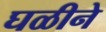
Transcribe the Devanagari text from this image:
घळीने